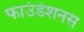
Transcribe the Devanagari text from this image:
फाउंडेशनस